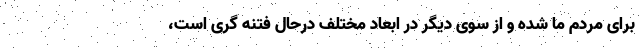
برای مردم ما شده و از سوی دیگر در ابعاد مختلف درحال فتنه گری است،